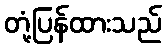
တုံ့ပြန်ထားသည်